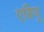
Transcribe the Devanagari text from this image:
एब्रियू